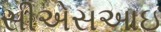
સીએસઆઇ